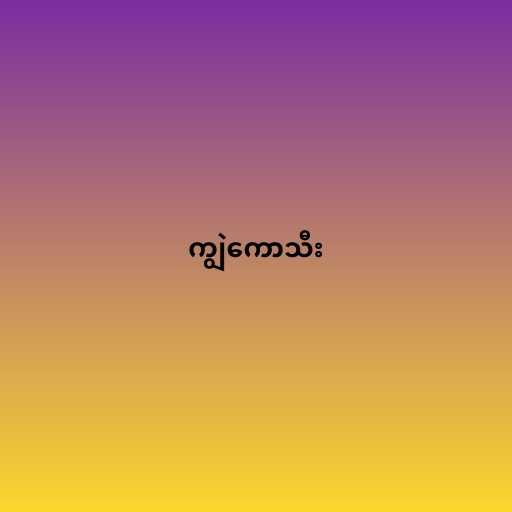
ကျွဲကောသီး